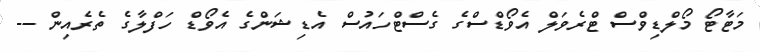
މަޓާޓޯ މޯލްޑިވްސް ޓްރެވަލް އެވޯޑްސްގެ ގެސްޓްހައުސް އެޑިޝަންގެ އެވޯޑް ހަފްލާގެ ތެރެއިން --